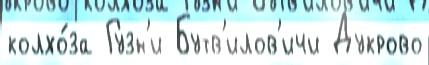
колхо́за Гузн'и Бутв'илов'ичи Дукрово